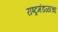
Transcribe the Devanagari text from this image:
राष्ट्रमंडळाचा